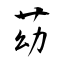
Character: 苭